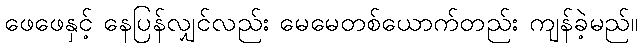
ဖေဖေနှင့် နေပြန်လျှင်လည်း မေမေတစ်ယောက်တည်း ကျန်ခဲ့မည်။